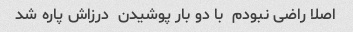
اصلا راضی نبودم  با دو بار پوشیدن  درزاش پاره شد